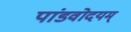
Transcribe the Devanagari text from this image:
पांडवोदयम्